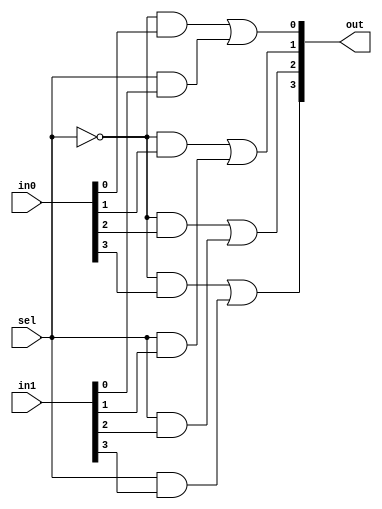
module mux2to1teste (
    input wire [3:0] in0,    // Entrada 0 de 4 bits
    input wire [3:0] in1,    // Entrada 1 de 4 bits
    input wire sel,          // Sinal de seleo
    output wire [3:0] out    // Sada de 4 bits
);

    // Portas AND para selecionar as entradas adequadas
    // Quando sel  0, o sinal out ser igual a in0
    // Quando sel  1, o sinal out ser igual a in1
    assign out[0] = (~sel & in0[0]) | (sel & in1[0]);
    assign out[1] = (~sel & in0[1]) | (sel & in1[1]);
    assign out[2] = (~sel & in0[2]) | (sel & in1[2]);
    assign out[3] = (~sel & in0[3]) | (sel & in1[3]);

endmodule